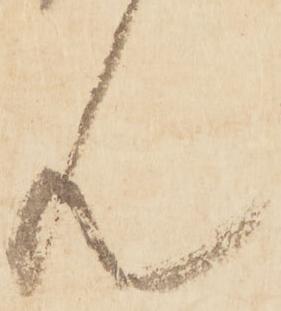
ん